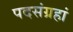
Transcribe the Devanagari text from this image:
पदसंग्रहां